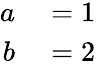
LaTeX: \begin{array}{rl}{a}&{{}=1}\\ {b}&{{}=2}\end{array}